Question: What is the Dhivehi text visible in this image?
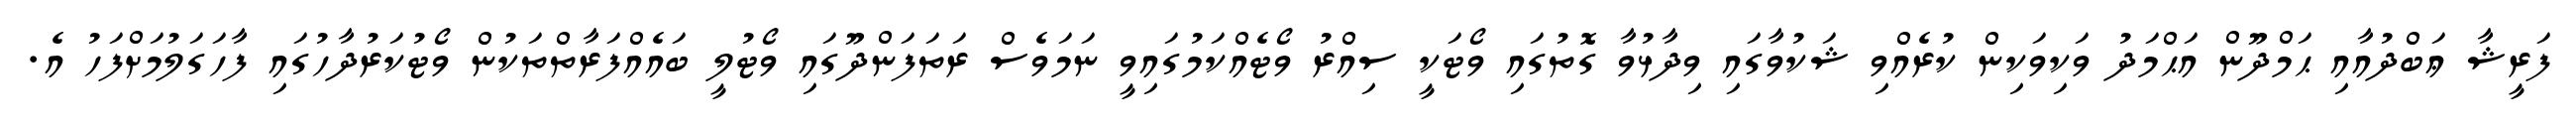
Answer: ފަރީޝާ ޢަބްދުއާއި ޙަމްދޫން އަޙްމަދު ވަކިވަކިން ކުރެއްވި ޝަކުވާގައި ވިދާޅުވާ ގޮތުގައި ވޯޓަކީ ސިއްރު ވޯޓެއްކަމުގައިވީ ނަމަވެސް ރަތަފަންދޫގައި ވޯޓުލީ ބައެއްފަރާތްތަކުން ވޯޓުކަރުދާހުގައި ފާހަގަލުމަށްފަހު އެ.